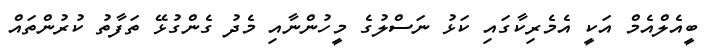
ބީއެލްއެމް އަކީ އެމެރިކާގައި ކަޅު ނަސްލުގެ މީހުންނާއި މެދު ގެންގުޅޭ ތަފާތު ކުރުންތައް